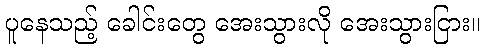
ပူနေသည့် ခေါင်းတွေ အေးသွားလို အေးသွားငြား။